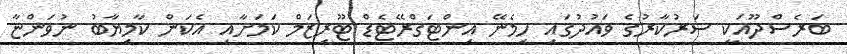
ބަރެސްދޫއަކީ ސަރުކާރުގެ ވައުދުގައި ހިމެނޭ އިންޓަގްރޭޓެޑް ޓޫރިޒަމް ކަމަށާއި އެކަން ކާމިޔާބު ނުވަންޏާ